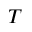
T